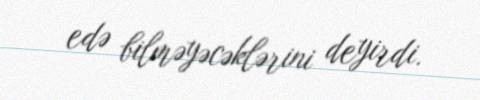
edə bilməyəcəklərini deyirdi.